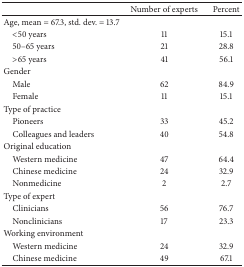
|  | Number of experts | Percent |
 | --- | --- | --- |
 | Age, mean = 67.3, std. dev. = 13.7 |  |  |
 | <50 years | 11 | 15.1 |
 | 50–65 years | 21 | 28.8 |
 | >65 years | 41 | 56.1 |
 | Gender |  |  |
 | Male | 62 | 84.9 |
 | Female | 11 | 15.1 |
 | Type of practice |  |  |
 | Pioneers | 33 | 45.2 |
 | Colleagues and leaders | 40 | 54.8 |
 | Original education |  |  |
 | Western medicine | 47 | 64.4 |
 | Chinese medicine | 24 | 32.9 |
 | Nonmedicine | 2 | 2.7 |
 | Type of expert |  |  |
 | Clinicians | 56 | 76.7 |
 | Nonclinicians | 17 | 23.3 |
 | Working environment |  |  |
 | Western medicine | 24 | 32.9 |
 | Chinese medicine | 49 | 67.1 |